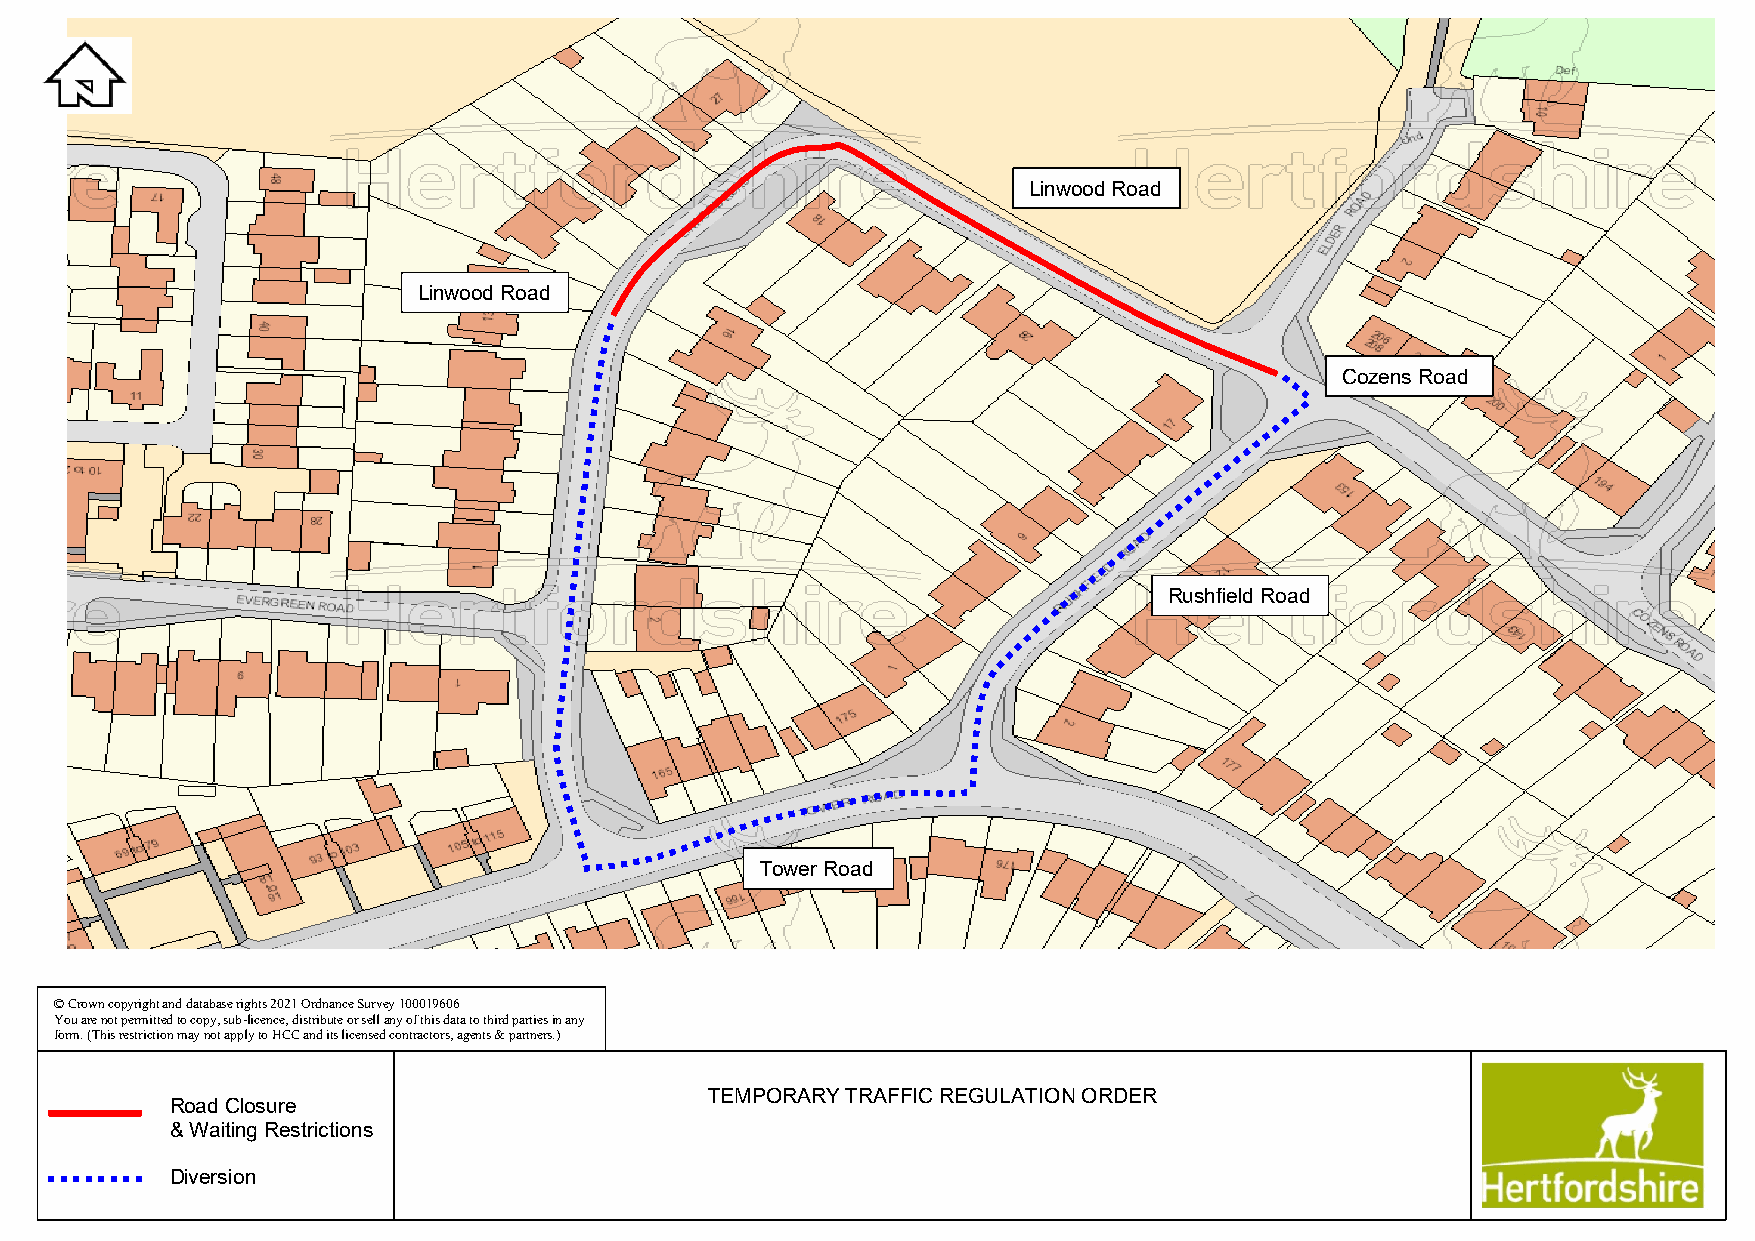
Linwood Road
 Linwood Road
 Cozens Road
 Rushfield Road
 Tower Road
 © Crown copyright and database rights 2021 Ordnance Survey 100019606
 You are not permitted to copy, sub-licence, distribute or sell any of this data to third parties in any
 form. (This restriction may not apply to HCC and its licensed contractors, agents & partners.)
 TEMPORARY TRAFFIC REGULATION ORDER
 Road Closure
 & Waiting Restrictions
 Diversion